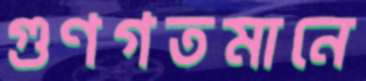
গুণগতমানে